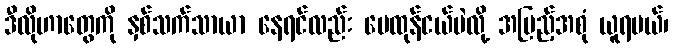
ဒီလိုဟာတွေကို နှစ်သက်သာယာ နေရင်လည်း မေထုန်ငယ်ပဲလို့ အပြည့်အစုံ ယူရမယ်၊